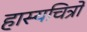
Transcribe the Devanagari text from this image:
हास्यचित्रों